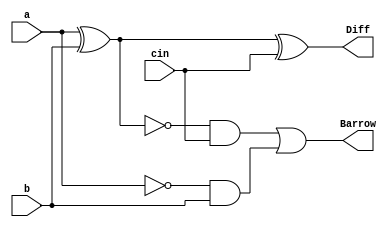
`timescale 1ns / 1ps

//Implementaion of FULL SUBTRACTOR by using Data Flow Modelling
module full_subtractor(
    input a,
    input b,
    input cin,
    output  Diff,Barrow
    );
assign Diff=a^b^cin;
assign Barrow=(~(a^b))&cin|~a&b;
endmodule